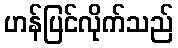
ဟန်ပြင်လိုက်သည်